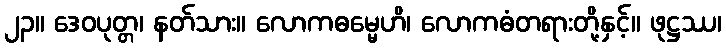
၂၃။ ဒေဝပုတ္တ၊ နတ်သား။ လောကဓမ္မေဟိ၊ လောကဓံတရားတို့နှင့်။ ဖုဋ္ဌဿ၊